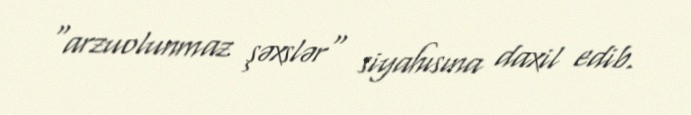
"arzuolunmaz şəxslər" siyahısına daxil edib.